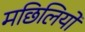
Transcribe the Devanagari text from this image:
मछिलियों